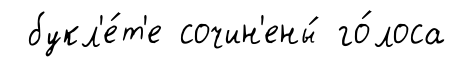
букл'е́т'е сочин'ены́ го́лоса